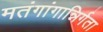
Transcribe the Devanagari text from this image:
मतंगांगान्निर्गता